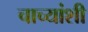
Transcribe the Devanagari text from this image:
चाच्यांशी